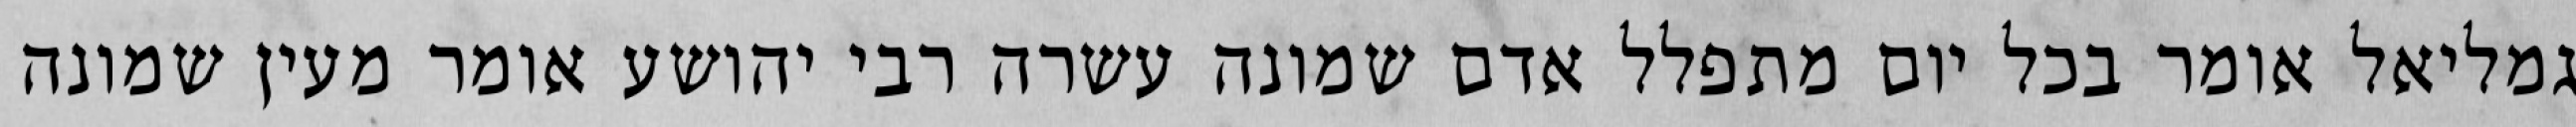
גמליאל אומר בכל יום מתפלל אדם שמונה עשרה רבי יהושע אומר מעין שמונה